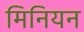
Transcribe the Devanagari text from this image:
मिनियन